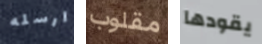
ارسله مقلوب يقودها